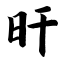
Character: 旰